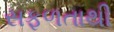
સફળતાથી